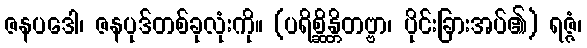
ဇနပဒေါ၊ ဇနပုဒ်တစ်ခုလုံးကို။ (ပရိစ္ဆိန္တိတဗ္ဗာ၊ ပိုင်းခြားအပ်၏) ရဇ္ဇံ၊